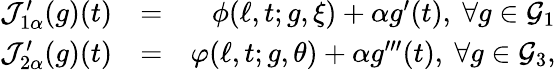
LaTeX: \begin{array}{rlr}{\mathcal{J}_{1\alpha}^{\prime}(g)(t)}&{=}&{\phi(\ell,t;g,\xi)+\alpha g^{\prime}(t),\ \forall g\in\mathcal{G}_{1}}\\ {\mathcal{J}_{2\alpha}^{\prime}(g)(t)}&{=}&{\varphi(\ell,t;g,\theta)+\alpha g^{\prime\prime\prime}(t),\ \forall g\in\mathcal{G}_{3},}\end{array}